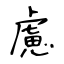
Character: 慮